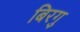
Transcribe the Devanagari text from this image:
बिरगु